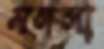
মঙ্গলা